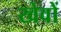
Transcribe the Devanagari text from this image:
खेवों